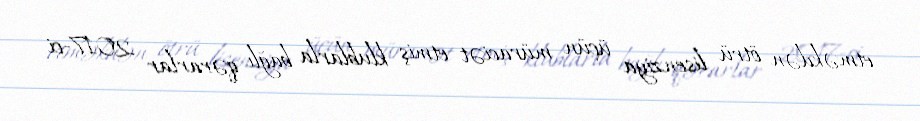
etməkdən ötrü lisenziya üçün müraciət etmiş klublarla bağlı qərarlar 2017-ci